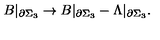
B | _ { \partial \Sigma _ { 3 } } \rightarrow B | _ { \partial \Sigma _ { 3 } } - \Lambda | _ { \partial \Sigma _ { 3 } } .